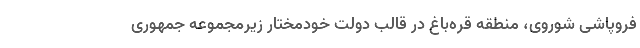
فروپاشی شوروی، منطقه قره‌باغ در قالب دولت خودمختار زیرمجموعه جمهوری